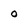
Character: O